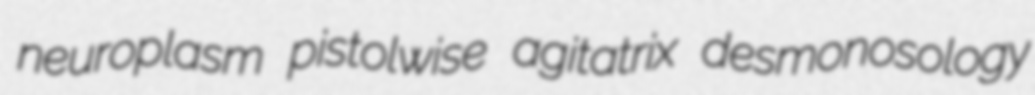
neuroplasm pistolwise agitatrix desmonosology